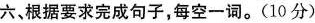
六,根据要求完成句子,每空一词.(10 分)